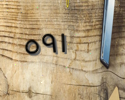
٥٩١